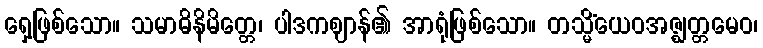
ရှေ့ဖြစ်သော။ သမာဓိနိမိတ္တေ၊ ပါဒကဈာန်၏ အာရုံဖြစ်သော။ တသ္မိံယေဝအဇ္ဈတ္တမေဝ၊